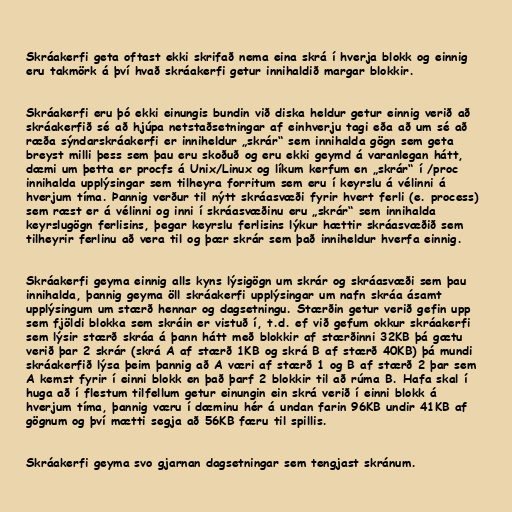
Skráakerfi geta oftast ekki skrifað nema eina skrá í hverja blokk og einnig
eru takmörk á því hvað skráakerfi getur innihaldið margar blokkir.

Skráakerfi eru þó ekki einungis bundin við diska heldur getur einnig verið að
skráakerfið sé að hjúpa netstaðsetningar af einhverju tagi eða að um sé að
ræða sýndarskráakerfi er inniheldur „skrár“ sem innihalda gögn sem geta
breyst milli þess sem þau eru skoðuð og eru ekki geymd á varanlegan hátt,
dæmi um þetta er procfs á Unix/Linux og líkum kerfum en „skrár“ í /proc
innihalda upplýsingar sem tilheyra forritum sem eru í keyrslu á vélinni á
hverjum tíma. Þannig verður til nýtt skráasvæði fyrir hvert ferli (e. process)
sem ræst er á vélinni og inni í skráasvæðinu eru „skrár“ sem innihalda
keyrslugögn ferlisins, þegar keyrslu ferlisins lýkur hættir skráasvæðið sem
tilheyrir ferlinu að vera til og þær skrár sem það inniheldur hverfa einnig.

Skráakerfi geyma einnig alls kyns lýsigögn um skrár og skráasvæði sem þau
innihalda, þannig geyma öll skráakerfi upplýsingar um nafn skráa ásamt
upplýsingum um stærð hennar og dagsetningu. Stærðin getur verið gefin upp
sem fjöldi blokka sem skráin er vistuð í, t.d. ef við gefum okkur skráakerfi
sem lýsir stærð skráa á þann hátt með blokkir af stærðinni 32KB þá gætu
verið þar 2 skrár (skrá A af stærð 1KB og skrá B af stærð 40KB) þá mundi
skráakerfið lýsa þeim þannig að A væri af stærð 1 og B af stærð 2 þar sem
A kemst fyrir í einni blokk en það þarf 2 blokkir til að rúma B. Hafa skal í
huga að í flestum tilfellum getur einungin ein skrá verið í einni blokk á
hverjum tíma, þannig væru í dæminu hér á undan farin 96KB undir 41KB af
gögnum og því mætti segja að 56KB færu til spillis.

Skráakerfi geyma svo gjarnan dagsetningar sem tengjast skránum.